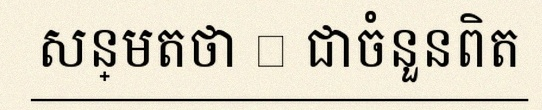
សន្មតថា x ជាចំនួនពិត